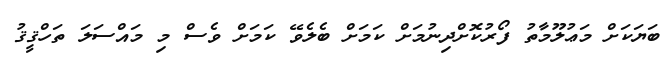
ބަޔަކަށް މަޢުލޫމާތު ފޯރުކޮށްދިނުމަށް ކަމަށް ބެލެވޭ ކަމަށް ވެސް މި މައްސަލަ ތަހްޤީޤު